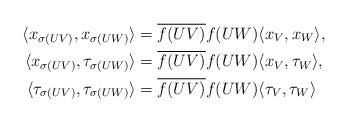
LaTeX: \begin{align*}\langle x_{\sigma(UV)}, x_{\sigma(UW)}\rangle&=\overline{f(UV)}f(UW)\langle x_V, x_W \rangle, \\\langle x_{\sigma(UV)}, \tau_{\sigma(UW)}\rangle&=\overline{f(UV)}f(UW)\langle x_V, \tau_W \rangle, \\\langle \tau_{\sigma(UV)} , \tau_{\sigma(UW)}\rangle&=\overline{f(UV)}f(UW)\langle \tau_V, \tau_W \rangle \end{align*}